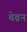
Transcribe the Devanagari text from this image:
बेब्रन